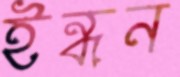
ইন্ধন